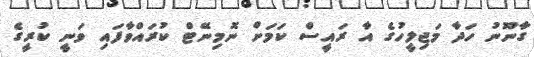
ގާނޫނު ހަދާ މަޖިލީހުގެ އާ ރައީސް ކަމަށް ނޮމިނޭޓް ކުރައްވާފައި ވަނީ ކުރީގެ